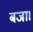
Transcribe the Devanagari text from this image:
बजा।